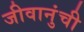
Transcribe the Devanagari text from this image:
जीवानुंची